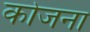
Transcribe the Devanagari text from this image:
कोजना